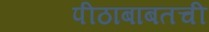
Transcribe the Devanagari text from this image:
पीठाबाबतची